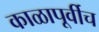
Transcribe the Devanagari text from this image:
काळापूर्वीच